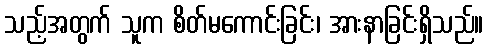
သည့်အတွက် သူက စိတ်မကောင်းခြင်း၊ အားနာခြင်းရှိသည်။